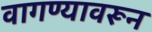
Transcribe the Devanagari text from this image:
वागण्यावरून